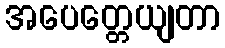
အပေတ္တေယျတာ